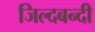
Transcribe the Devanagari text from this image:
जिल्दबन्दी